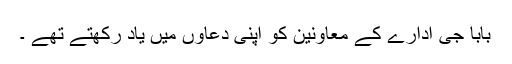
بابا جی ادارے کے معاونین کو اپنی دعاوں میں یاد رکھتے تھے ۔